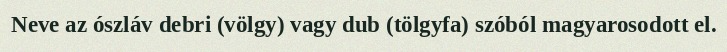
Neve az ószláv debri (völgy) vagy dub (tölgyfa) szóból magyarosodott el.